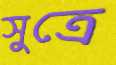
সুত্রে